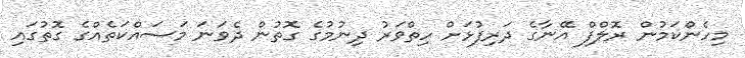
މިހެންކަމުން ރޮލްފް އޭނާގެ ދަރިފުޅަށް ހިތްވަރު ދިނުމުގެ ގޮތުން ދެވަނަ މަސައްކަތެއްގެ ގޮތުގައި